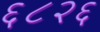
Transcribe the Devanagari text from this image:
६८२६